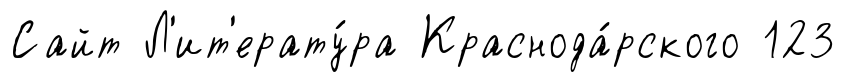
Сайт Л'ит'ерату́ра Краснода́рского 123